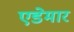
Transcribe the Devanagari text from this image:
एडेमार